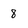
Character: 8